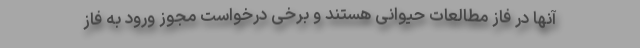
آنها در فاز مطالعات حیوانی هستند و برخی درخواست مجوز ورود به فاز